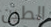
الطين